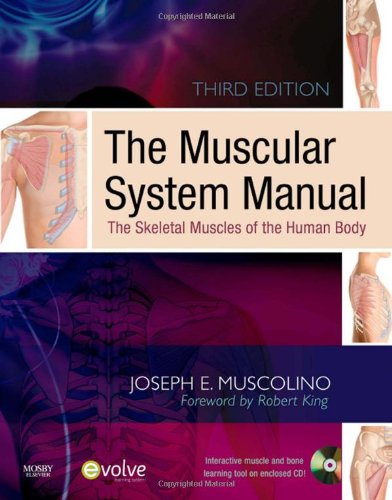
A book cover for The Muscular System Manual: The Skeletal Muscles of the Human Body, 3e; Joseph E. Muscolino DC; Health, Fitness & Dieting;